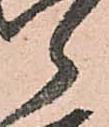
郎